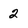
Character: 2